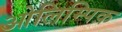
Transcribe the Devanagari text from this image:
ओलिम्पिक़